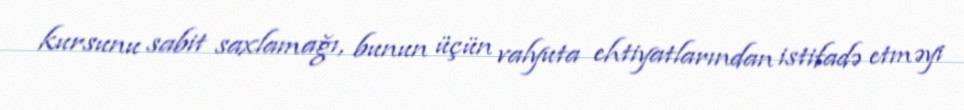
kursunu sabit saxlamağı, bunun üçün valyuta ehtiyatlarından istifadə etməyi